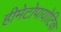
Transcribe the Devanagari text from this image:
हीमेटोपायोटिक